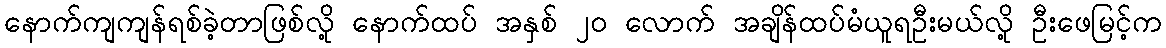
နောက်ကျကျန်ရစ်ခဲ့တာဖြစ်လို့ နောက်ထပ် အနှစ် ၂၀ လောက် အချိန်ထပ်မံယူရဦးမယ်လို့ ဦးဖေမြင့်က